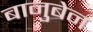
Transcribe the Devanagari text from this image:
बानुबेन